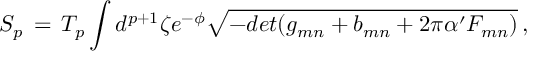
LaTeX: S _ { p } \, = \, T _ { p } \int d ^ { p + 1 } \zeta e ^ { - \phi } \sqrt { - d e t ( g _ { m n } + b _ { m n } + 2 \pi \alpha ^ { \prime } F _ { m n } ) } \, ,